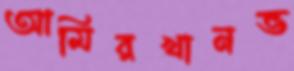
আমিরখানভ